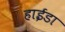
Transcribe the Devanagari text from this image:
हाईडा